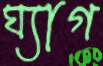
ঘ্যাগ